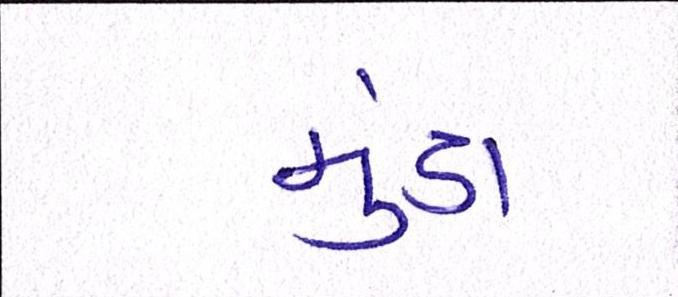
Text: મુંડા